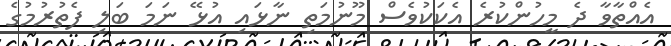
އެއްތާވާ ދެ މީހުންކުރެ އެކަކުވެސް މޫނުމަތި ނާޅައި އުޅޭ ނަމަ ބަލި ފެތުރުމުގެ